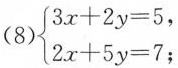
（8）$$\begin{cases}